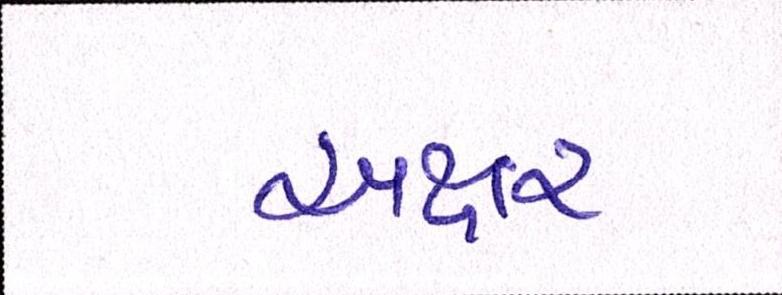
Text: અક્ષર